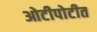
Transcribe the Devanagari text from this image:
ओटीपोटीत